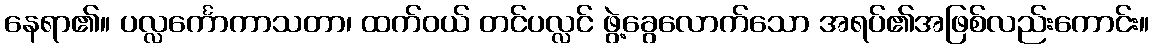
နေရာ၏။ ပလ္လင်္ကောကာသတာ၊ ထက်ဝယ် တင်ပလ္လင် ဖွဲ့ခွေလောက်သော အရပ်၏အဖြစ်လည်းကောင်း။